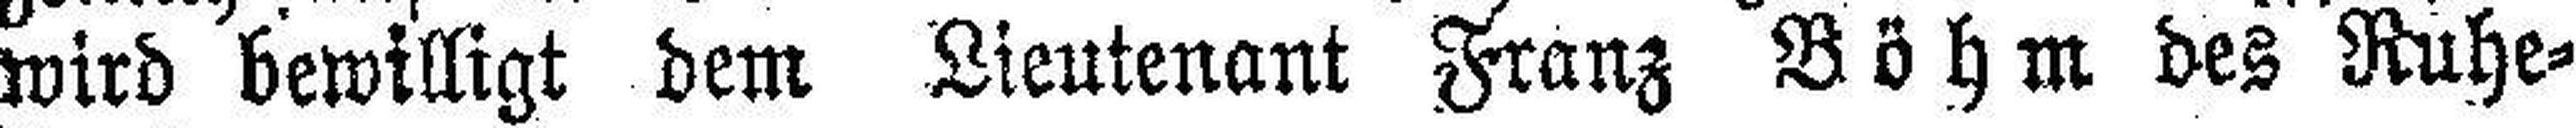
wird bewilligt dem Lieutenant Franz Böhm des Ruhe¬